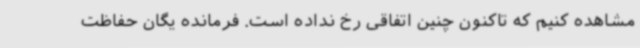
مشاهده کنیم که تاکنون چنین اتفاقی رخ نداده است. فرمانده یگان حفاظت